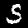
Label: 5